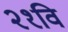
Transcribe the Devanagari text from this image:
२१वि